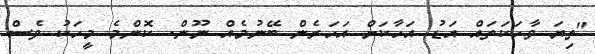
"ތިޔަ ވާހަކަތައް އަޑު އަހާކަށް އަހަރެން ބޭނުމެއް ނޫން. ކޮންމެ މީހަކު ވެސް